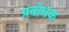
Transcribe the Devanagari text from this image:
प्रबोधक